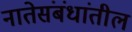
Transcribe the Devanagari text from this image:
नातेसंबंधांतील